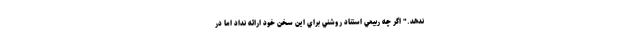
ندهد." اگر چه ربيعي استناد روشني براي اين سخن خود ارائه نداد اما در